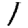
Digit: 1